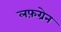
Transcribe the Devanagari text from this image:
लफ़ग्रेन